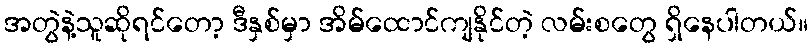
အတွဲနဲ့သူဆိုရင်တော့ ဒီနှစ်မှာ အိမ်ထောင်ကျနိုင်တဲ့ လမ်းစတွေ ရှိနေပါတယ်။